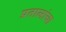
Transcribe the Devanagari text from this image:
प्रतालांचा